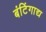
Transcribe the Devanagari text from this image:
बंटिंगाद्य